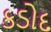
કડોદ